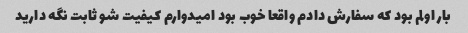
بار اولم بود که سفارش دادم واقعا خوب بود امیدوارم کیفیت شو ثابت نگه دارید